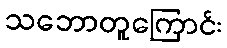
သဘောတူကြောင်း